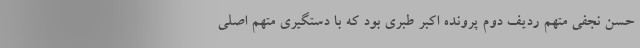
حسن نجفی متهم ردیف دوم پرونده اکبر طبری بود که با دستگیری متهم اصلی